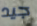
جيد